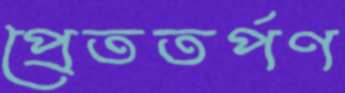
প্রেততর্পণ